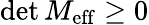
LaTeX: \operatorname*{det}M_{\mathrm{{eff}}}\geq 0